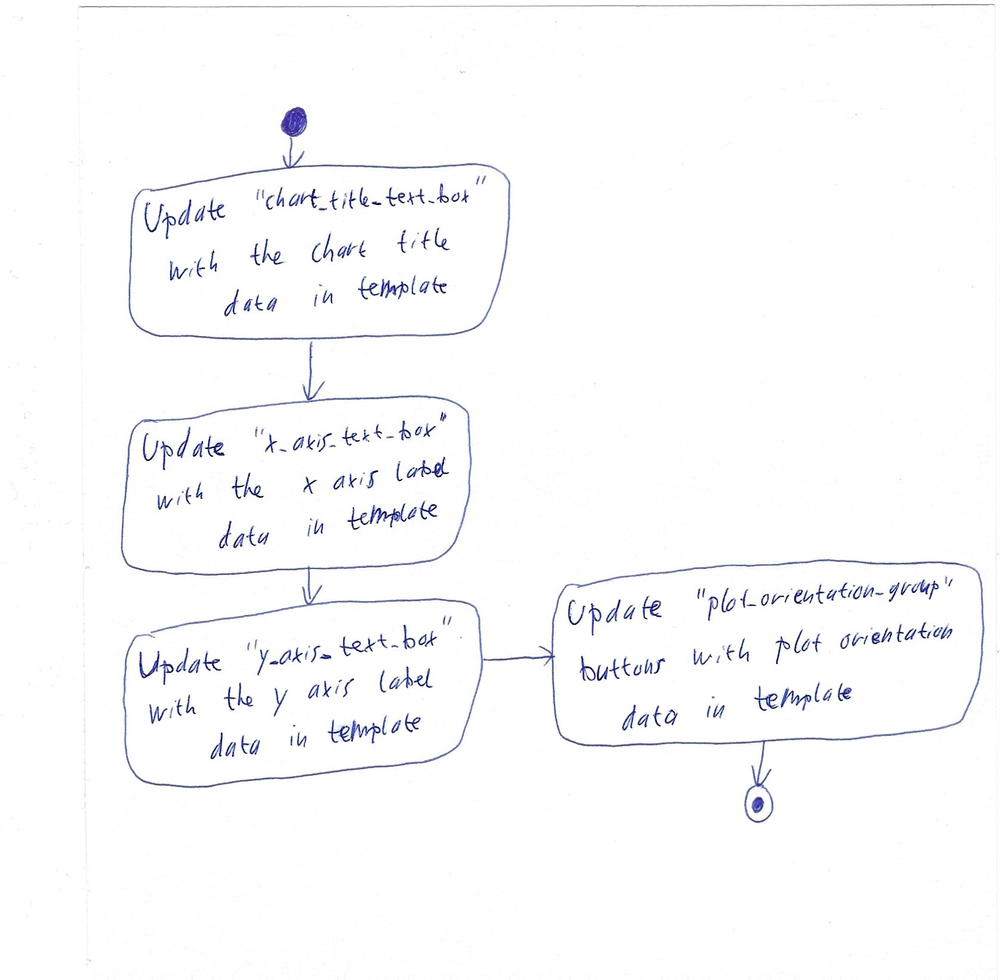
Diagram type: activity_diagram
```plantuml
@startuml

start

:Update "chart_title_text_box" with the chart title data in template;

:Update "x_axis_text_box" with the x axis label data in template;

:Update "y_axis_text_box" with the y axis label data in template;

:Update "plot_orientation_group" buttons with plot orientation data in template;

stop

@enduml
```